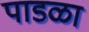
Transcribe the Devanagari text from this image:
पाडळा